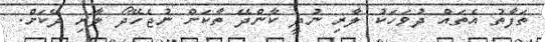
ތަފާތު އެތައް ދުވަހަކު ލާރި ނުދީ ކާންދޭ ތާކަށް ނުޖެހޭދޯ ލާރި ދޭކަށް.